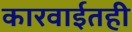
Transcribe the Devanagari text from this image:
कारवाईतही